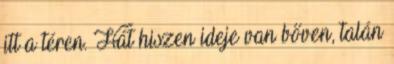
itt a téren. Hát hiszen ideje van bőven, talán